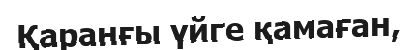
Қаранғы үйге қамаған,